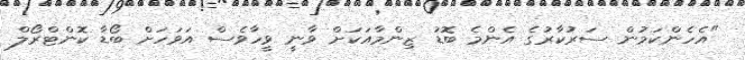
"އެހެންކަމުން ސަރުކާރުގެ އެންމެ ބޮޑު ޒިންމާއަކަށް ވާނީ ވީހާވެސް އަވަހަށް ބޯޑާ ކޮންޓްރޯލް